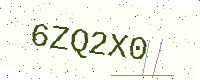
Text: 6ZQ2X0